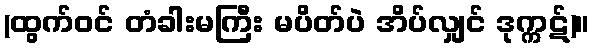
(ထွက်ဝင် တံခါးမကြီး မပိတ်ပဲ အိပ်လျှင် ဒုက္ကဋ်)။